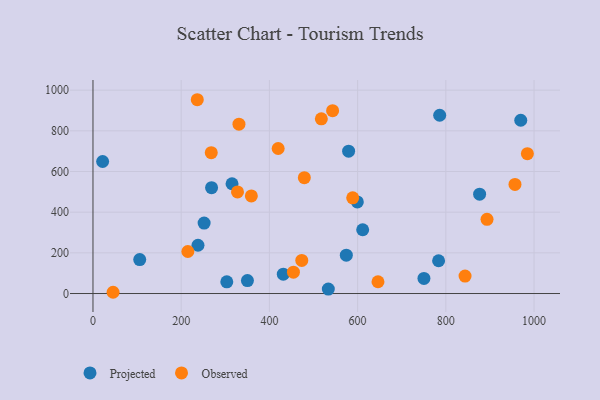
{"axis": {"x": "Study Hours", "y": "Sales"}, "legend": ["Observed", "Projected"], "data": [{"x": "611.5", "y": 313.6, "type": "Projected"}, {"x": "315.3", "y": 539.8, "type": "Projected"}, {"x": "786.1", "y": 876.6, "type": "Projected"}, {"x": "533.6", "y": 21.6, "type": "Projected"}, {"x": "238.1", "y": 237.4, "type": "Projected"}, {"x": "876.6", "y": 488.5, "type": "Projected"}, {"x": "303.4", "y": 57.3, "type": "Projected"}, {"x": "106.0", "y": 167.1, "type": "Projected"}, {"x": "579.6", "y": 700.0, "type": "Projected"}, {"x": "431.5", "y": 95.3, "type": "Projected"}, {"x": "268.9", "y": 520.2, "type": "Projected"}, {"x": "252.0", "y": 346.3, "type": "Projected"}, {"x": "783.6", "y": 161.1, "type": "Projected"}, {"x": "599.4", "y": 450.6, "type": "Projected"}, {"x": "969.9", "y": 852.0, "type": "Projected"}, {"x": "21.9", "y": 649.2, "type": "Projected"}, {"x": "750.4", "y": 74.2, "type": "Projected"}, {"x": "574.4", "y": 188.5, "type": "Projected"}, {"x": "350.2", "y": 63.4, "type": "Projected"}, {"x": "479.2", "y": 569.4, "type": "Observed"}, {"x": "359.1", "y": 480.0, "type": "Observed"}, {"x": "517.8", "y": 859.1, "type": "Observed"}, {"x": "646.2", "y": 57.8, "type": "Observed"}, {"x": "893.4", "y": 364.9, "type": "Observed"}, {"x": "331.0", "y": 832.5, "type": "Observed"}, {"x": "473.4", "y": 162.9, "type": "Observed"}, {"x": "419.9", "y": 713.1, "type": "Observed"}, {"x": "45.6", "y": 6.1, "type": "Observed"}, {"x": "268.2", "y": 692.3, "type": "Observed"}, {"x": "236.5", "y": 952.9, "type": "Observed"}, {"x": "984.9", "y": 687.8, "type": "Observed"}, {"x": "215.1", "y": 206.7, "type": "Observed"}, {"x": "588.9", "y": 470.5, "type": "Observed"}, {"x": "543.3", "y": 898.9, "type": "Observed"}, {"x": "327.7", "y": 499.3, "type": "Observed"}, {"x": "454.5", "y": 105.0, "type": "Observed"}, {"x": "956.8", "y": 536.2, "type": "Observed"}, {"x": "843.6", "y": 85.8, "type": "Observed"}]}